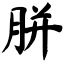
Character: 胼